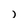
Character: l